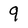
Character: 9